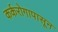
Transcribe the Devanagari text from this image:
कर्करोगापासून